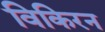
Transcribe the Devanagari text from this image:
विकिरन